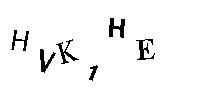
HVK1HE